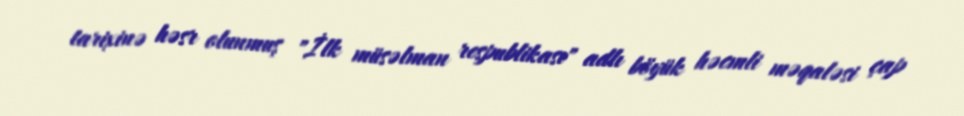
tarixinə həsr olunmuş "İlk müsəlman respublikası" adlı böyük həcmli məqaləsi çap